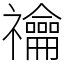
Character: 禴